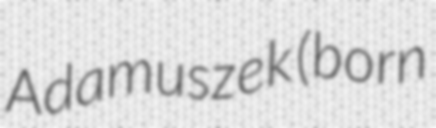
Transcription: Adamuszek (born